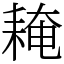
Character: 䎨